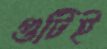
গুটিই